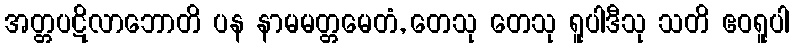
အတ္တပဋိလာဘောတိ ပန နာမမတ္တမေတံ, တေသု တေသု ရူပါဒီသု သတိ ဧဝရူပါ